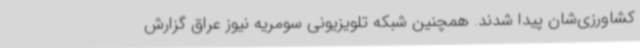
کشاورزی‌شان پیدا شدند. همچنین شبکه تلویزیونی سومریه نیوز عراق گزارش